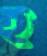
ই